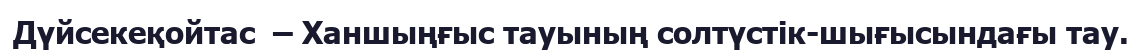
Дүйсекеқойтас  – Ханшыңғыс тауының солтүстік-шығысындағы тау.